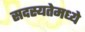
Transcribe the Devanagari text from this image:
सदस्यतेमध्ये